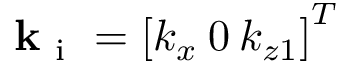
\mathbf { k } _ { \mathrm { ~ i ~ } } = \left[ k _ { x } \: 0 \: k _ { z 1 } \right] ^ { T }